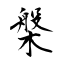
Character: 槃